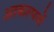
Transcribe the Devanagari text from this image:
आकल्पनों